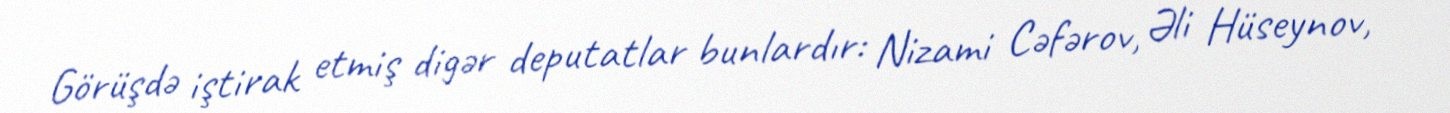
Görüşdə iştirak etmiş digər deputatlar bunlardır: Nizami Cəfərov, Əli Hüseynov,